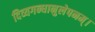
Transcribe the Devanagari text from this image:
दिव्यगन्धानुलेपनम्‌।